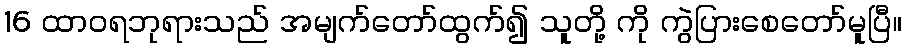
16 ထာဝရဘုရားသည် အမျက်တော်ထွက်၍ သူတို့ ကို ကွဲပြားစေတော်မူပြီ။